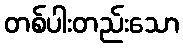
တစ်ပါးတည်းသော